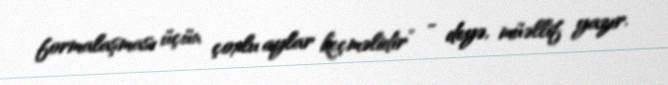
formalaşması üçün çoxlu aylar keçməlidir” - deyə, müəllif yazır.